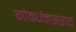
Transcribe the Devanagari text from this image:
गोवर्धनसराय